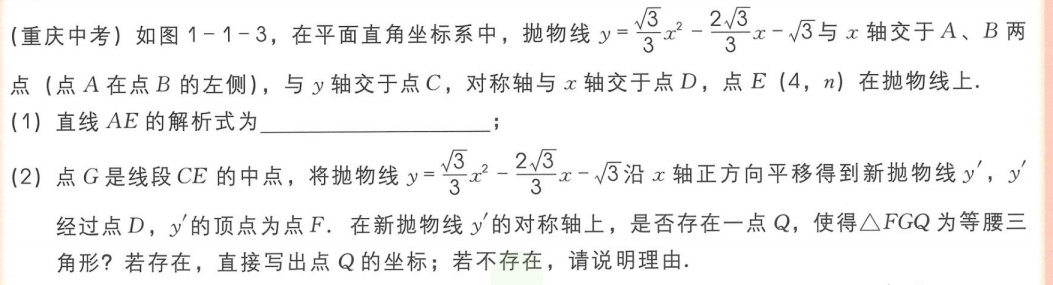
(重庆中考) 如图 1 - 1 - 3，在平面直角坐标系中，抛物线\(y = \frac{\sqrt{3}}{3}x^{2}-\frac{2\sqrt{3}}{3}x - \sqrt{3}\)与\(x\)轴交于\(A\)、\(B\)两点 (点\(A\)在点\(B\)的左侧)，与\(y\)轴交于点\(C\)，对称轴与\(x\)轴交于点\(D\)，点\(E(4,n)\)在抛物线上.
(1) 直线\(AE\)的解析式为____________________；
(2) 点\(G\)是线段\(CE\)的中点，将抛物线\(y = \frac{\sqrt{3}}{3}x^{2}-\frac{2\sqrt{3}}{3}x - \sqrt{3}\)沿\(x\)轴正方向平移得到新抛物线\(y'\)，\(y'\)经过点\(D\)，\(y'\)的顶点为点\(F\). 在新抛物线\(y'\)的对称轴上，是否存在一点\(Q\)，使得\(\triangle FGQ\)为等腰三角形？若存在，直接写出点\(Q\)的坐标；若不存在，请说明理由.